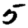
Digit: 5